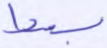
بسط